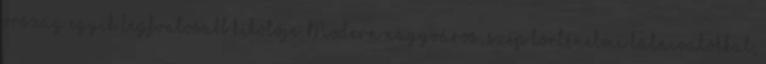
ország egyik legfontosabb kikötője. Modern nagyváros, szép történelmi látnivalókkal,